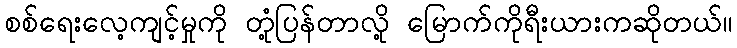
စစ်ရေးလေ့ကျင့်မှုကို တုံ့ပြန်တာလို့ မြောက်ကိုရီးယားကဆိုတယ်။